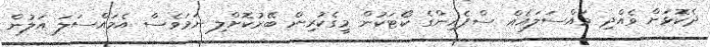
ދެކޮޅަށް ވެއްދި މައްސަލައެއް ސްޕެއިންގެ ކޯޓަކުން މީގެކުރިން ބޭރުކޮށްލި ނަމަވެސް އެމައްސަލަ އަލުން